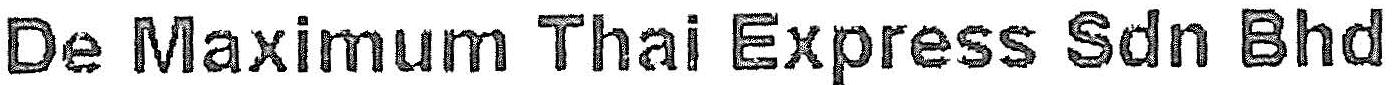
DE MAXIMUM THAI EXPRESS SDN BHD